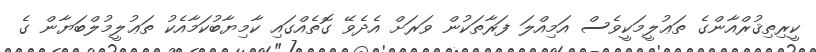
ކީރިތިޤުރްއާންގެ ތަޢުލީމަކީވެސް އަމިއްލަ ފަރާތަކުން ވަރަށް އެދެވޭ ގޮތެއްގައި ކާމިޔާބުކަމާއެކު ތަޢުލީމުލްބަޔާން ގެ